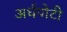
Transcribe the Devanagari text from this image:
अर्धपोटी